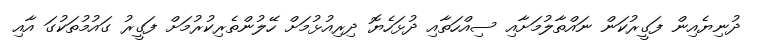
ދުނިޔެއިން ފަގީރުކަން ނައްތާލުމަށާއި ސިއްހަތާއި ދުޅަހެޔޮ ދިރިއުޅުމަށް ހޭލުންތެރިކުރުމަށް ފަގީރު ގައުމުތަކުގަ އާއި